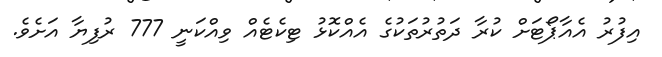
އިފުރު އެއާޕޯޓަށް ކުރާ ދަތުރުތަކުގެ އެއްކޮޅު ޓިކެޓެއް ވިއްކަނީ 777 ރުފިޔާ އަށެވެ.